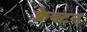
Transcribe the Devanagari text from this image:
क्लैक्टन